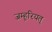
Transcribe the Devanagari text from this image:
जम्हूरियत्